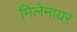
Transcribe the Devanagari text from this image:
मिलेनायर